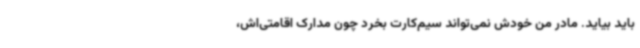
باید بیاید. مادر من خودش نمی‌تواند سیم‌کارت بخرد چون مدارک اقامتی‌اش،